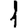
Digit: 1